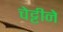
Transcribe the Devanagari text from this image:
चेट्टीने